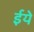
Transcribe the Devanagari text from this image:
ईये